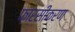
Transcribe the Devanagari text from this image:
फ़ारसीकरण